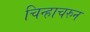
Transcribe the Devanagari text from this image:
चिन्हाचरुन